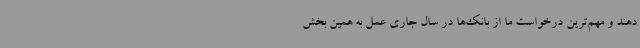
دهند و مهم‌ترین درخواست ما از بانک‌ها در سال جاری عمل به همین بخش